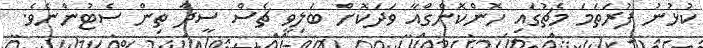
ކުޅުނު ފުރަތަމަ މެޗުގައި ހޮންކޮންގްއާ ވަދަކޮށް ބަލިވީ ޗެސް ސީދާ ތިން ސެޓުންނެވެ.